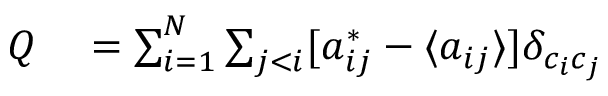
\begin{array} { r l } { Q } & { { } = \sum _ { i = 1 } ^ { N } \sum _ { j < i } [ a _ { i j } ^ { * } - \langle a _ { i j } \rangle ] \delta _ { c _ { i } c _ { j } } } \end{array}